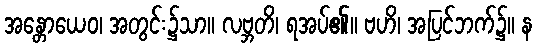
အန္တောယေဝ၊ အတွင်း၌သာ။ လဗ္ဘတိ၊ ရအပ်၏။ ဗဟိ၊ အပြင်ဘက်၌။ န